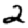
Digit: 2